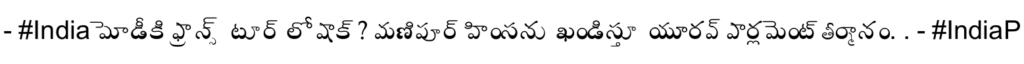
- #Indiaమోడీకి ఫ్రాన్స్ టూర్ లో షాక్ ? మణిపూర్ హింసను ఖండిస్తూ యూరప్ పార్లమెంట్ తీర్మానం. . - #IndiaP